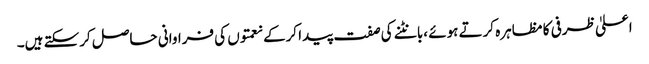
اعلیٰ ظرفی کا مظاہرہ کرتے ہوئے ،بانٹنے کی صفت پیدا کرکے نعمتوں کی فراوانی حاصل کرسکتے ہیں۔